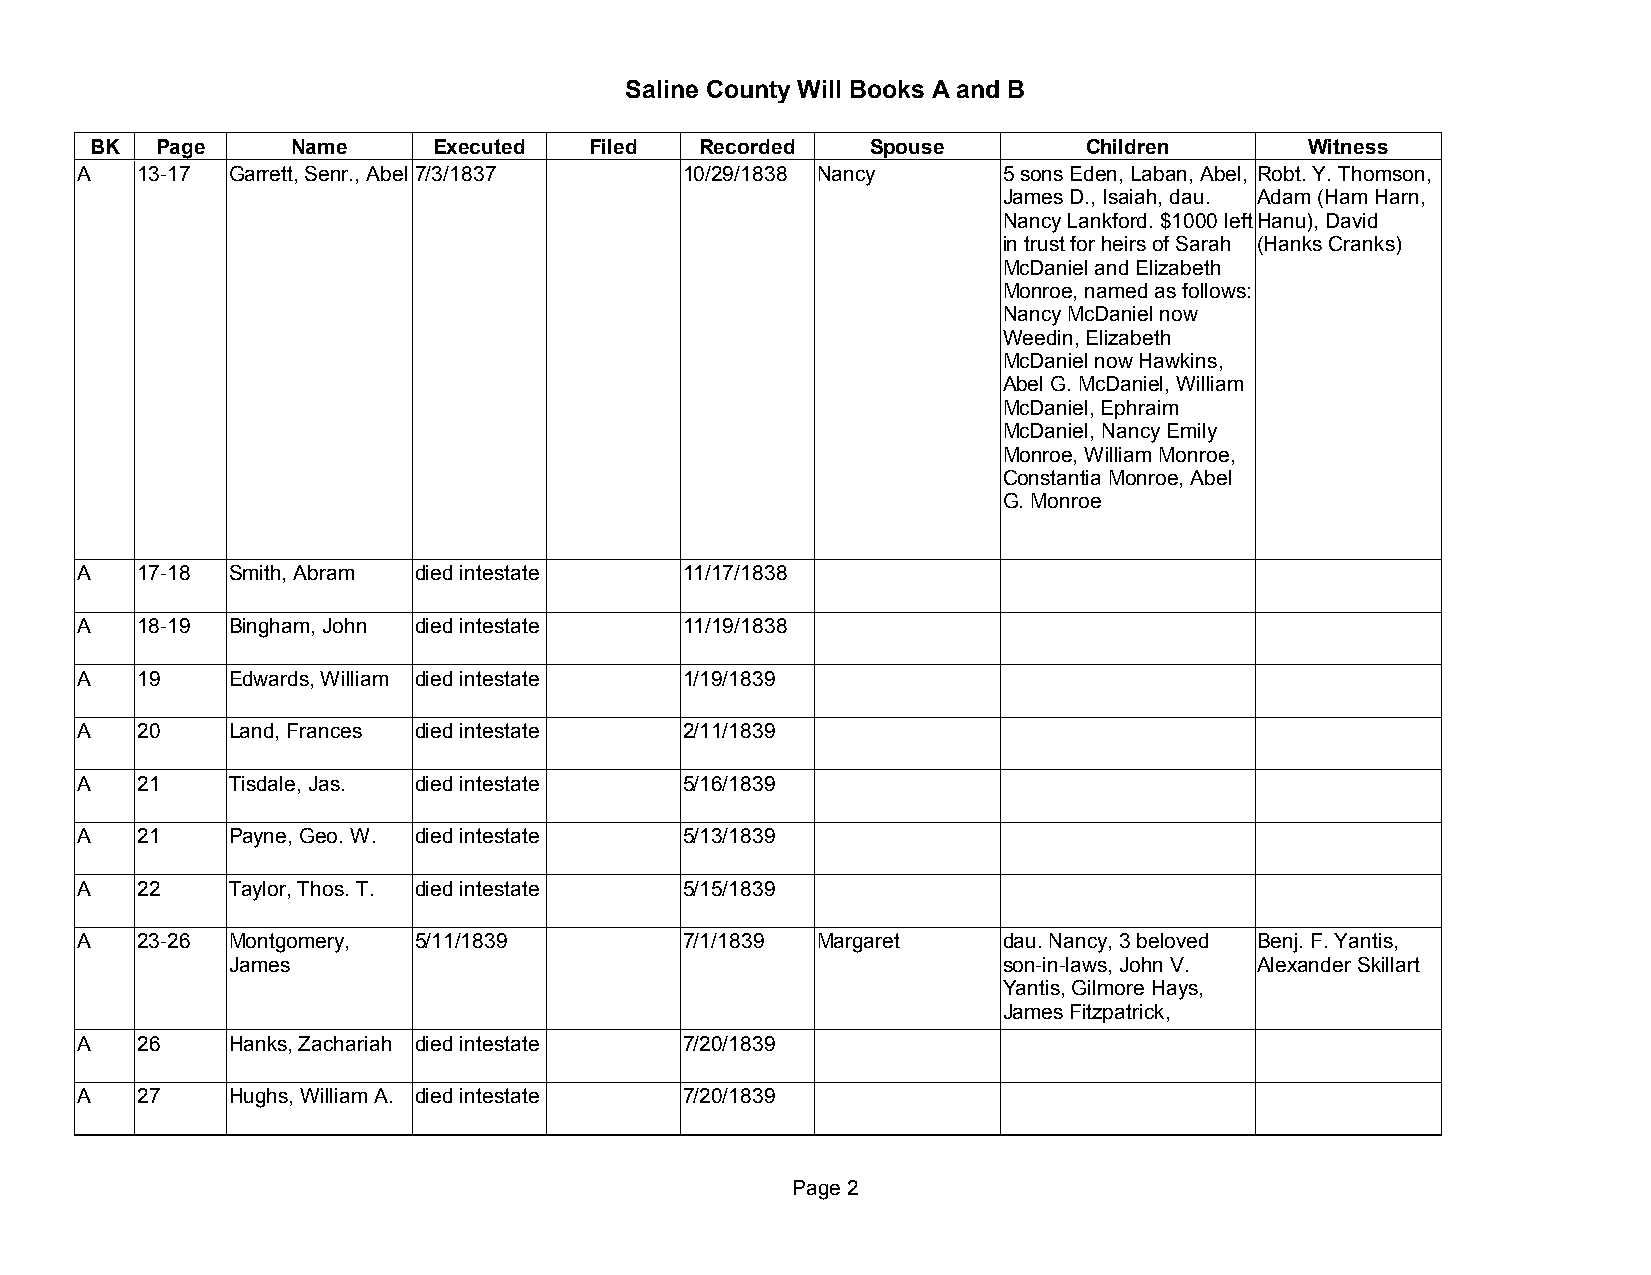
Saline County Will Books A and B
 BK  Page     Name      Executed  Filed  Recorded    Spouse        Children       Witness
 A   13-17 Garrett, Senr., Abel7/3/1837  10/29/1838 Nancy     5 sons Eden, Laban, Abel, Robt. Y. Thomson,
 James D., Isaiah, dau. Adam (Ham Harn,
 Nancy Lankford. $1000 left Hanu), David
 in trust for heirs of Sarah (Hanks Cranks)
 McDaniel and Elizabeth
 Monroe, named as follows:
 Nancy McDaniel now
 Weedin, Elizabeth
 McDaniel now Hawkins,
 Abel G. McDaniel, William
 McDaniel, Ephraim
 McDaniel, Nancy Emily
 Monroe, William Monroe,
 Constantia Monroe, Abel
 G. Monroe
 A   17-18 Smith, Abram died intestate   11/17/1838
 A   18-19 Bingham, John died intestate  11/19/1838
 A   19    Edwards, William died intestate 1/19/1839
 A   20    Land, Frances died intestate  2/11/1839
 A   21    Tisdale, Jas. died intestate  5/16/1839
 A   21    Payne, Geo. W. died intestate 5/13/1839
 A   22    Taylor, Thos. T. died intestate 5/15/1839
 A   23-26 Montgomery, 5/11/1839         7/1/1839 Margaret    dau. Nancy, 3 beloved Benj. F. Yantis,
 James                                              son-in-laws, John V. Alexander Skillart
 Yantis, Gilmore Hays,
 James Fitzpatrick,
 A   26    Hanks, Zachariah died intestate 7/20/1839
 A   27    Hughs, William A. died intestate 7/20/1839
 Page 2